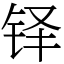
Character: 铎